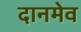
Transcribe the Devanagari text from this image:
दानमेव